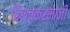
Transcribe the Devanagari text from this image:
विश्वकर्माजी